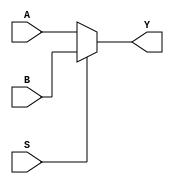
// This program was cloned from: https://github.com/efabless/openlane2-step-unit-tests
// License: Apache License 2.0

module parameterized_mux(A, B, S, Y);
    parameter width = 32;
    input S;
    input  [width - 1:0] A, B;
    output [width - 1:0] Y;
    assign Y = S ? B : A;
endmodule